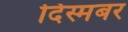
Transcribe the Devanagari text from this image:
दिस्मबर